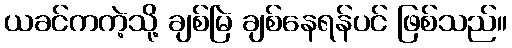
ယခင်ကကဲ့သို့ ချစ်မြဲ ချစ်နေရန်ပင် ဖြစ်သည်။